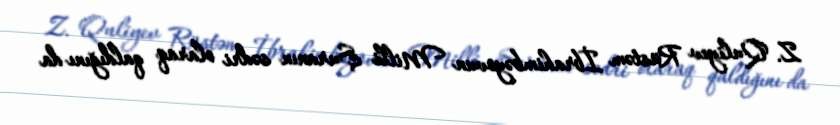
Z. Quliyev Rüstəm İbrahimbəyovun Milli Şuranın sədri olaraq qaldığını da